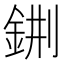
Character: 𨦕